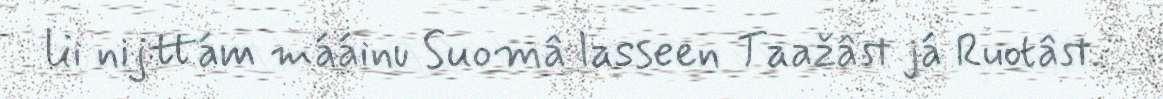
lii nijttám mááinu Suomâ lasseen Taažâst já Ruotâst.